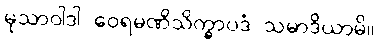
မုသာဝါဒါ ဝေရမဏိသိက္ခာပဒံ သမာဒိယာမိ။